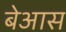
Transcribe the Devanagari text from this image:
बेआस